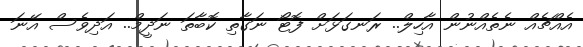
އެއްޗެއް ނެތެއްނުން އާހިލް.. ރަނގަޅަށް ފޮޓޯ ނަގާތި ކޮބާތަ ނަދީމް.. އަދިވެސް އޭނަ